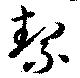
絜